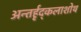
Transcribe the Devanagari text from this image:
अन्तर्हृद्कलाशोथ